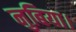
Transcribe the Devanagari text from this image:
नुबिया।